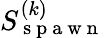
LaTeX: S_{\mathrm{~s~p~a~w~n~}}^{(k)}